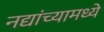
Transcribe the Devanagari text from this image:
नद्यांच्यामध्ये